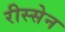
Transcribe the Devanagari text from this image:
रीस्सेन